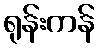
ရုန်းကန်